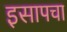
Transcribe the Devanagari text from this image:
इसापचा